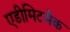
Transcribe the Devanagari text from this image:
एडीमिटमैक